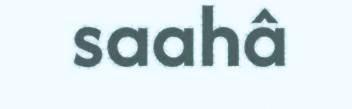
saahâ